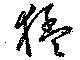
猛